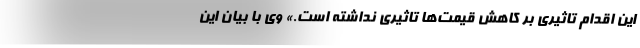
این اقدام تاثیری بر کاهش قیمت‌ها تاثیری نداشته است.» وی با بیان این